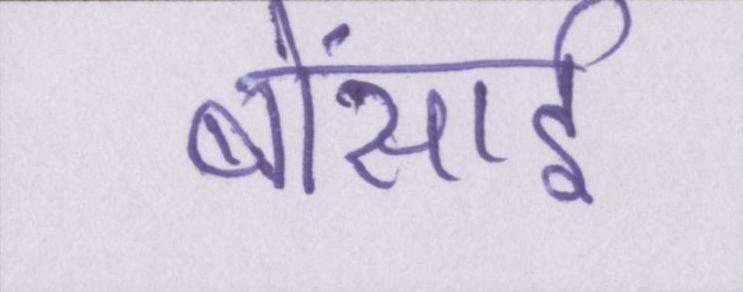
बोंसाई